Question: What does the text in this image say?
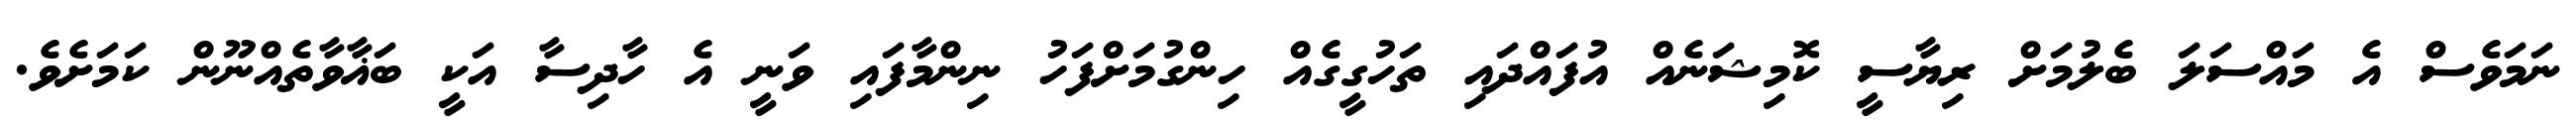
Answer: ނަމަވެސް އެ މައްސަލަ ބެލުމަށް ރިޔާސީ ކޮމިޝަނެއް އުފައްދައި ތަހުގީގެއް ހިންގުމަށްފަހު ނިންމާފައި ވަނީ އެ ހާދިސާ އަކީ ބަޣާވާތެއްނޫން ކަމަށެވެ.